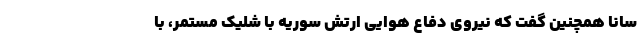
سانا همچنین گفت که نیروی دفاع هوایی ارتش سوریه با شلیک مستمر، با